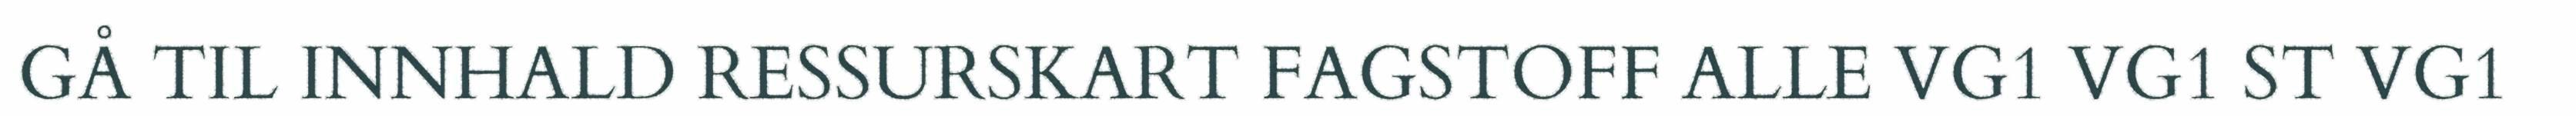
GÅ TIL INNHALD RESSURSKART FAGSTOFF ALLE VG1 VG1 ST VG1